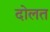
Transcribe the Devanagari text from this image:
दोलत